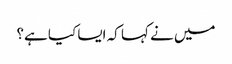
میں نے کہا کہ ایسا کیا ہے؟